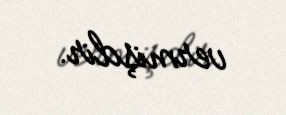
vermişdir.